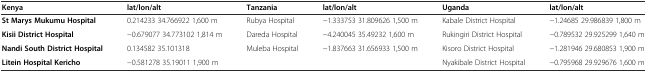
<table><thead><tr><td><b>Kenya</b></td><td><b>lat/lon/alt</b></td><td><b>Tanzania</b></td><td><b>lat/lon/alt</b></td><td><b>Uganda</b></td><td><b>lat/lon/alt</b></td></tr></thead><tbody><tr><td><b>St Marys Mukumu Hospital</b></td><td>0.214233 34.766922 1,600 m</td><td>Rubya Hospital</td><td>-1.333753 31.809626 1,500 m</td><td>Kabale District Hospital</td><td>-1.24685 29.986839 1,800 m</td></tr><tr><td><b>Kisii District Hospital</b></td><td>-0.679077 34.773102 1,814 m</td><td>Dareda Hospital</td><td>-4.240045 35.49232 1,600 m</td><td>Rukingiri District Hospital</td><td>-0.789532 29.925299 1,640 m</td></tr><tr><td><b>Nandi South District Hospital</b></td><td>0.134582 35.101318</td><td>Muleba Hospital</td><td>-1.837663 31.656933 1,500 m</td><td>Kisoro District Hospital</td><td>-1.281946 29.680853 1,900 m</td></tr><tr><td><b>Litein Hospital Kericho</b></td><td>-0.581278 35.19011 1,900 m</td><td></td><td></td><td>Nyakibale District Hospital</td><td>-0.795968 29.929676 1,600 m</td></tr></tbody></table>